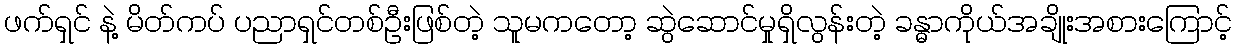
ဖက်ရှင် နဲ့ မိတ်ကပ် ပညာရှင်တစ်ဦးဖြစ်တဲ့ သူမကတော့ ဆွဲဆောင်မှုရှိလွန်းတဲ့ ခန္ဓာကိုယ်အချိုးအစားကြောင့်